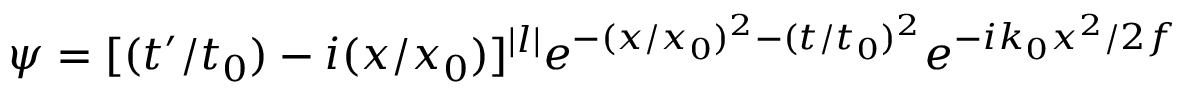
\psi = [ ( t ^ { \prime } / t _ { 0 } ) - i ( x / x _ { 0 } ) ] ^ { | l | } e ^ { - ( x / x _ { 0 } ) ^ { 2 } - ( t / t _ { 0 } ) ^ { 2 } } e ^ { - i k _ { 0 } x ^ { 2 } / 2 f }